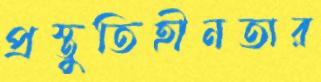
প্রস্তুতিহীনতার